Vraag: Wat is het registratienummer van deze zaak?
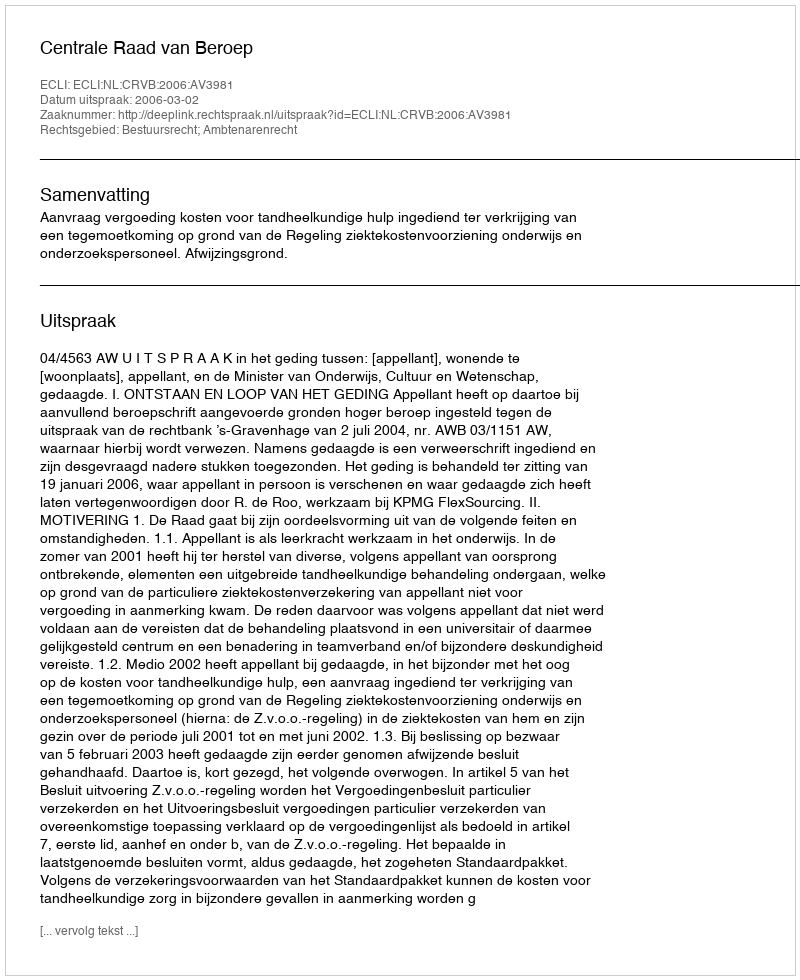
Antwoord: http://deeplink.rechtspraak.nl/uitspraak?id=ECLI:NL:CRVB:2006:AV3981